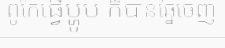
ពូកែធ្វើម្ហូប ក៏បានឆ្នៃចេញ